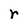
Character: r